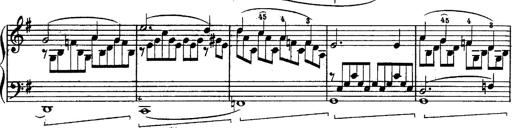
Title: Schubert's Impromptus [revised and edited by Franz Liszt]
Composer: Franz Liszt